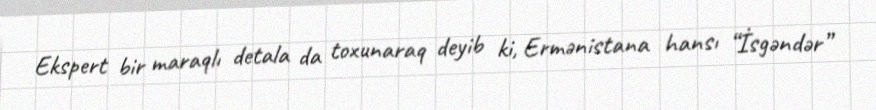
Ekspert bir maraqlı detala da toxunaraq deyib ki, Ermənistana hansı “İsgəndər”